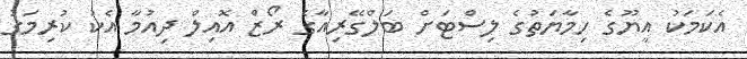
އެކަމަކު އީޔޫގެ ހިމާޔަތުގެ ލިސްޓަށް ބަލްގޭރިއާގެ ރޯޒް އޮއިލް ދިއުމާ އެކު ކުރިމަގު